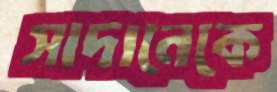
সাদানেকে